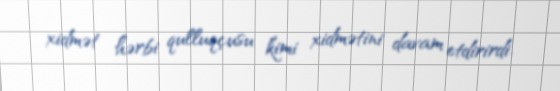
xidmət hərbi qulluqçusu kimi xidmətini davam etdirirdi.